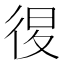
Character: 𢓴